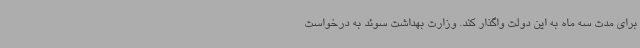
برای مدت سه ماه به این دولت واگذار کند. وزارت بهداشت سوئد به درخواست